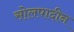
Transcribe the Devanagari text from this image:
सोलपादीन